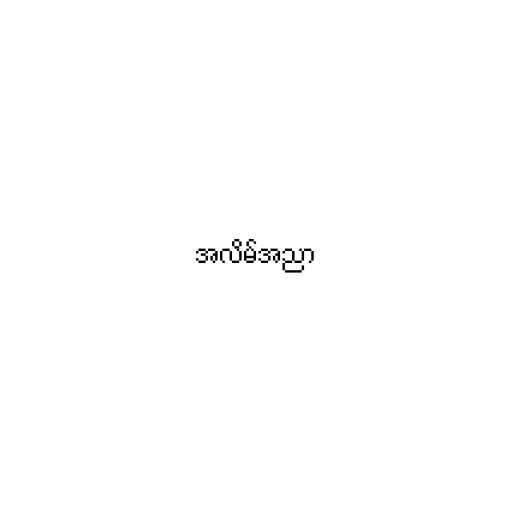
အလိမ်အညာ